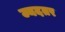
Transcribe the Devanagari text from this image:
ज्यदतर